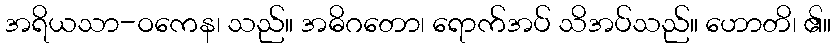
အရိယသာ-ဝကေန၊ သည်။ အဓိဂတော၊ ရောက်အပ် သိအပ်သည်။ ဟောတိ၊ ၏။